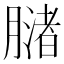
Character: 𬛒